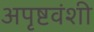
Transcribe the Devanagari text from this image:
अपृष्टवंशी